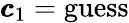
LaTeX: {\pmb{c}}_{1}=\mathrm{guess}